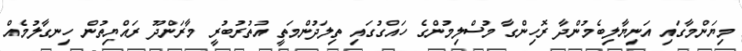
މިޔަންމާގައި އަނިޔާލިބެމުންދާ ރޮހިންގާ މުސްލިމުންގެ ހައްގުގައި ތިލަދުންމަތީ އުތުރުބުރީ މާރަންދޫ ރައްޔިތުން ހިނގާލުމެއް